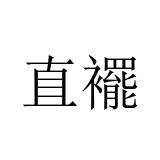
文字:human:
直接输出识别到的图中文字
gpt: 直襬